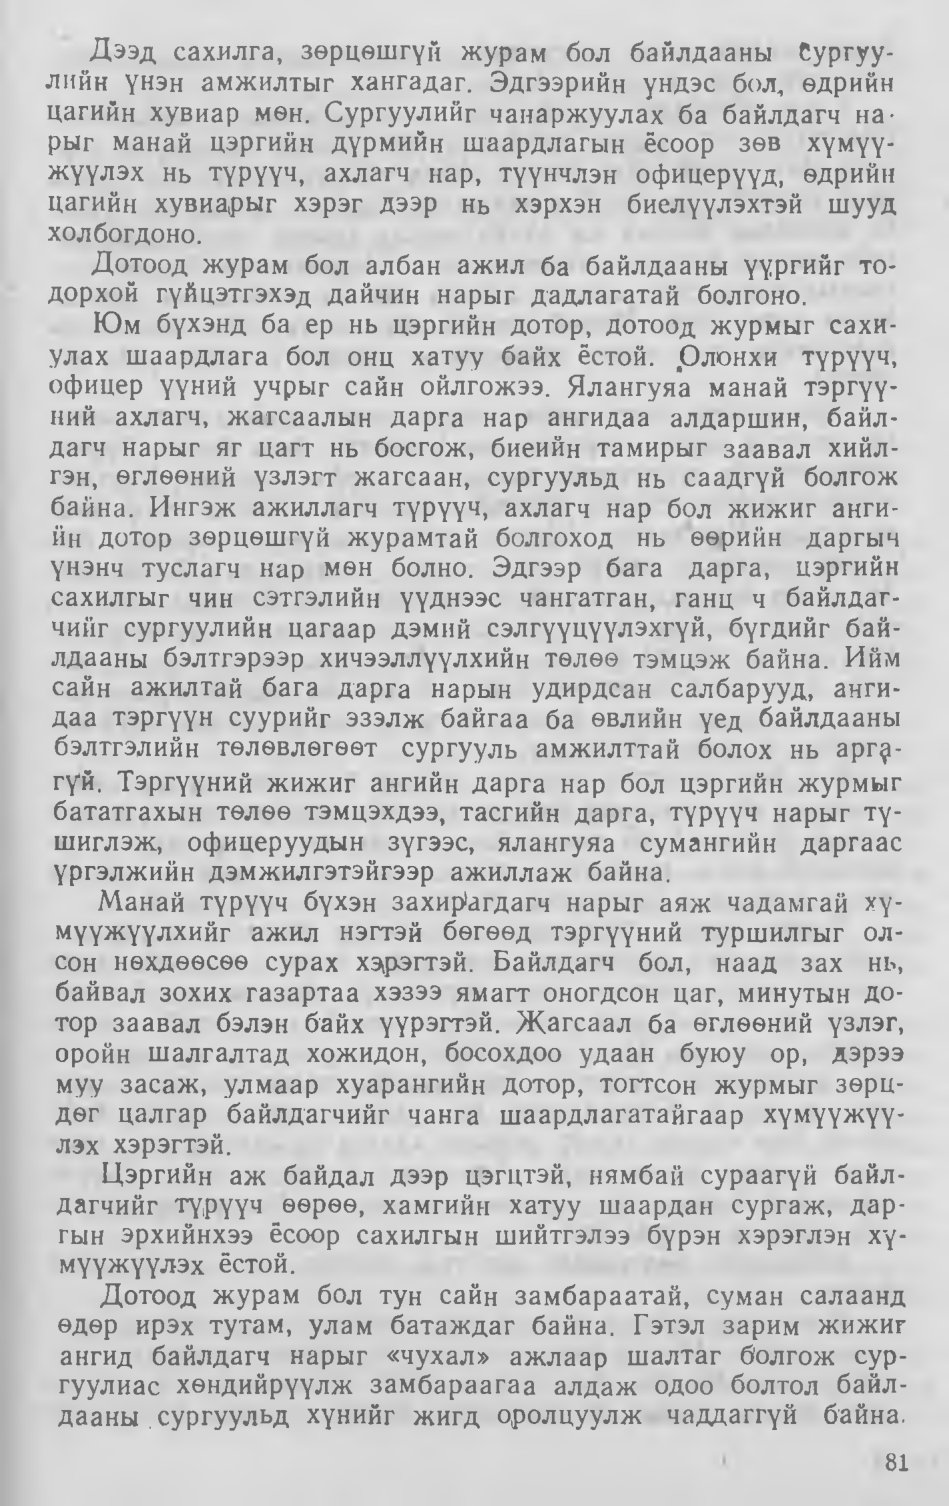
Language: mn